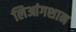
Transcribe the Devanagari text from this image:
लिआंगशान